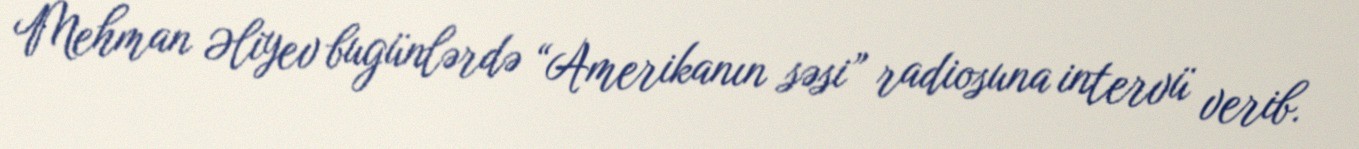
Mehman Əliyev bugünlərdə “Amerikanın səsi” radiosuna intervü verib.